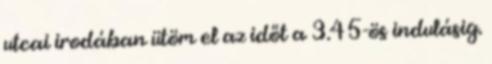
utcai irodában ütöm el az időt a 3.45-ös indulásig.